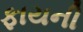
ફાયની